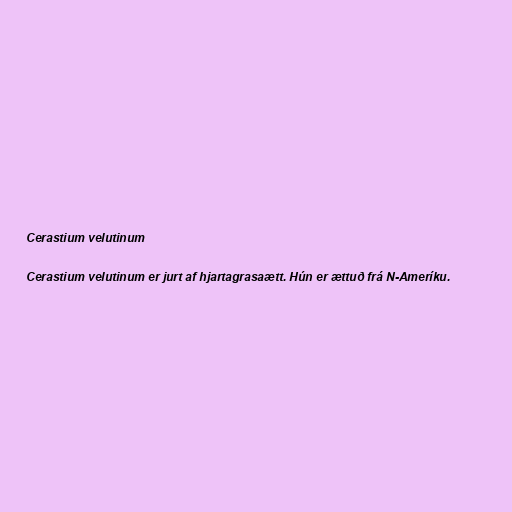
Cerastium velutinum

Cerastium velutinum er jurt af hjartagrasaætt. Hún er ættuð frá N-Ameríku.